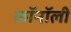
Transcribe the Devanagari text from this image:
कॉनॉली